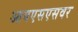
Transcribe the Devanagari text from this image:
आयएसएसवर